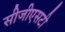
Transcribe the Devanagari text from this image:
सीजीएसटी